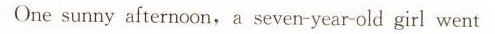
One sunny afternoon，a seven-year-old girl went